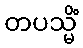
တပသ္မိံ